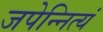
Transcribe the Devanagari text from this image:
जपेन्नित्यं